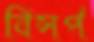
বিসর্প